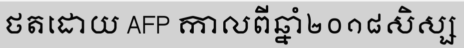
ថតដោយ AFP កាលពីឆ្នាំ២០១៨សិស្ស